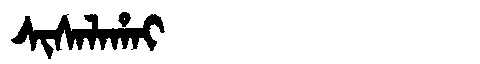
Manchu: ᠰᡳᠰᠠᠯᠠᡥᠠᡳ
Romanization: SISALAHAI